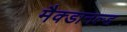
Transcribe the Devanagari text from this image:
मैक्डानल्ड